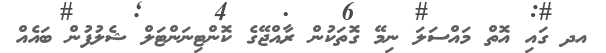
އދ ގައި އޮތް މައްސަލަ ނިމޭ ގޮތަކުން ރާއްޖޭގެ ކޮންޓިނަންޓަލް ޝެލުފުން ބައެއް